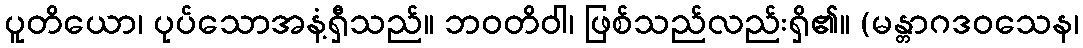
ပူတိယော၊ ပုပ်သောအနံ့ရှီသည်။ ဘဝတိဝါ၊ ဖြစ်သည်လည်းရှိ၏။ (မန္တာဂဒဝသေန၊